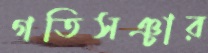
গতিসঞ্চার